On the morphology, teratology, and diclinism of the flowers of cannabis - Number 12
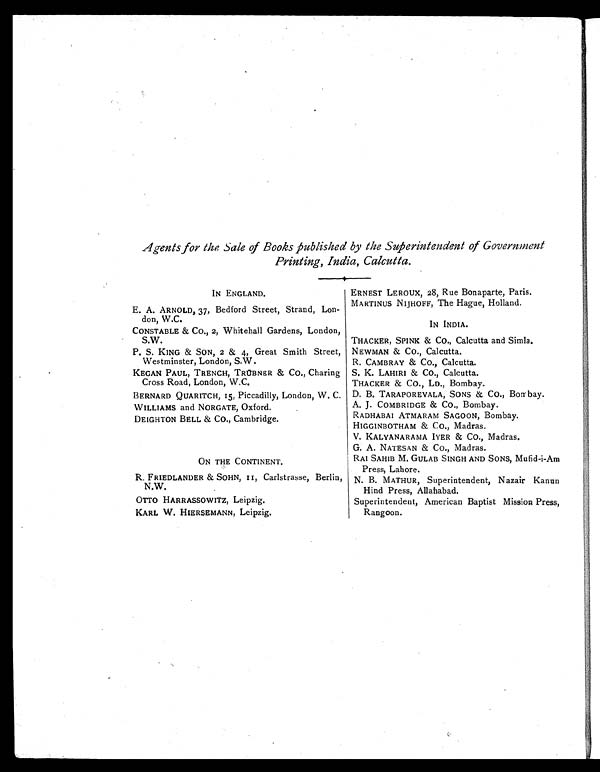
Agents for the Sale of Books published by the Superintendent of Government
Printing, India, Calcutta.
IN ENGLAND.
ERNEST LEROUX, 28, Rue Bonaparte, Paris.
MARTINUS NIJHOFF, The Hague, Holland.
E. A. ARNOLD, 37, Bedford Street, Strand, Lon-
don, W.C.
IN INDIA.
CONSTABLE & CO., 2, Whitehall Gardens, London,
S.W.
THACKER, SPINK & CO., Calcutta and Simla.
P. S. KING & SON, 2 & 4, Great Smith Street,
Westminster, London, S.W.
NEWMAN & CO., Calcutta.
R. CAMBRAY & Co., Calcutta.
KEGAN PAUL, TRENCH, TRÜBNER & CO., Charing
Cross Road, London, W.C.
S. K. LAHIRI & CO., Calcutta.
THACKER & Co., LD., Bombay.
BERNARD QUARITCH, 15, Piccadilly, London, W. C. D. B. TARAPOREVALA, SONS & CO., Bombay.
WILLIAMS and NORGATE, Oxford.
A. J. COMBRIDGE & CO., Bombay.
DEIGHTON BELL & CO., Cambridge.
RADHABAI ATMARAM SAGOON, Bombay.
HIGGINBOTHAM & CO., Madras.
V. KALYANARAMA IYER & CO., Madras.
G. A. NATESAN & Co., Madras.
ON THE CONTINENT.
RAI SAHIB M. GULAB SINGH AND SONS, Mufid-i-Am
Press, Lahore.
R. FRIEDLANDER & SOHN, 11, Carlstrasse, Berlin,
N.W.
N. B. MATHUR, Superintendent, Nazair Kanun
Hind Press, Allahabad.
OTTO HARRASSOWITZ, Leipzig.
Superintendent, American Baptist Mission Press,
Rangoon.
KARL W. HIERSEMANN, Leipzig.